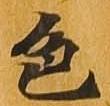
色